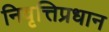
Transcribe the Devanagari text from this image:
निवृत्तिप्रधान